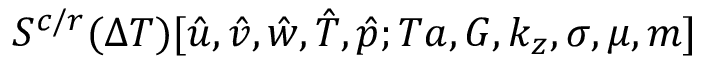
S ^ { c / r } ( \Delta T ) [ \hat { u } , \hat { v } , \hat { w } , \hat { T } , \hat { p } ; T a , G , k _ { z } , \sigma , \mu , m ]